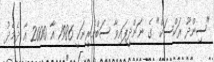
"ސިންދޫ ރަކްސަކް" ގެ ނަންދީފައިވާ ސަބްމެރީނަކީ 1986 އާ 2000 އާ ދެމެދު